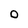
Character: O